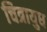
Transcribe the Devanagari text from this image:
चित्रायुध